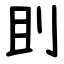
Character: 刞